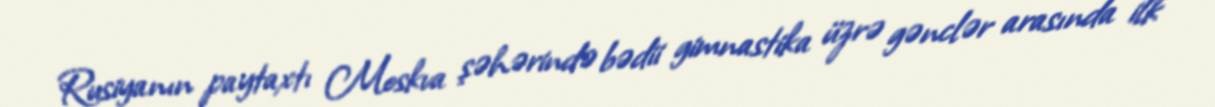
Rusiyanın paytaxtı Moskva şəhərində bədii gimnastika üzrə gənclər arasında ilk